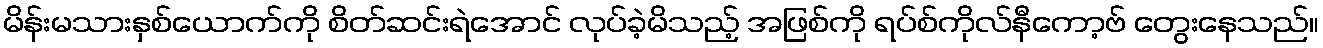
မိန်းမသားနှစ်ယောက်ကို စိတ်ဆင်းရဲအောင် လုပ်ခဲ့မိသည့် အဖြစ်ကို ရပ်စ်ကိုလ်နီကော့ဗ် တွေးနေသည်။